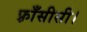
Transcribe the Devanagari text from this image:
फ़्राँसीसी।